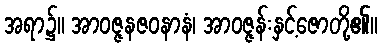
အရာ၌။ အာဝဇ္ဇနဇဝနာနံ၊ အာဝဇ္ဇန်းနှင့်ဇောတို့၏။